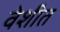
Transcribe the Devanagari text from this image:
वेशीत